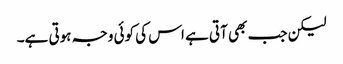
لیکن جب بھی آتی ہے اس کی کوئی وجہ ہوتی ہے۔